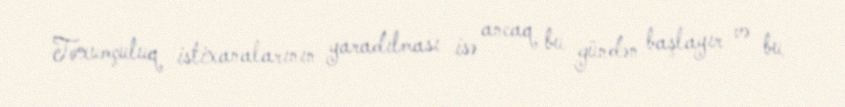
Toxumçuluq istixanalarının yaradılması isə ancaq bu gündən başlayır və bu